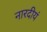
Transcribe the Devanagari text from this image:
नारदीयं